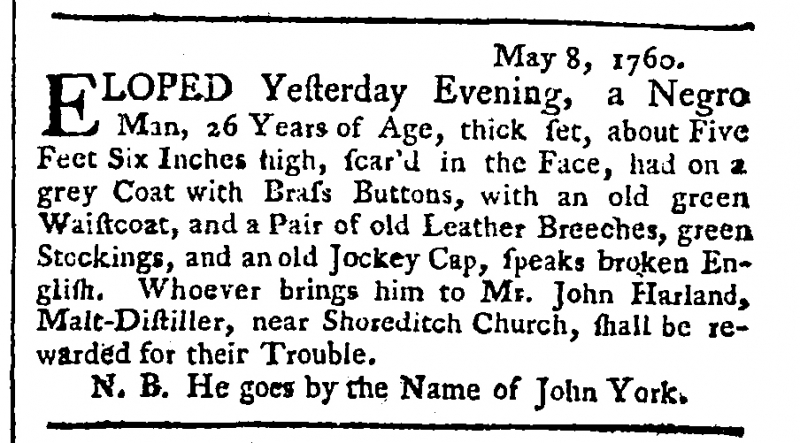
Public Ledger, Or, Daily Register of Commerce and Intelligence, 10 May 1760 (England)
                                 May 8, 1760.ELOPED Yesterday Evening, A Negro Man, 26 Years of Age, thick set, about Five Feet Six Inches high, scar’d in the Face, had on a grey Coat with Brass Buttons, with an old green Waistcoat, and a Pair of old Leather Breeches, green Stockings, and an old Jockey Cap, speaks broken English. Whoever brings him to Mr. John Harland, Malt-Distiller, near Shoreditch Church, shall be rewarded for their Trouble.  N.B. He goes by the Name of John York.